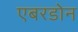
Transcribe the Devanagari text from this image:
एबरडोन